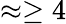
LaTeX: \approx\geq 4